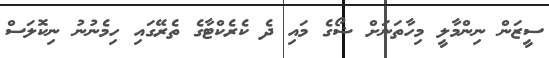
ސީޒަން ނިންމާލީ މިހާތަނަށް ޝޯގެ މައި ދެ ކެރެކްޓާގެ ތެރޭގައި ހިމެނުނު ނިކޮލަސް